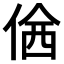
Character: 𠊆